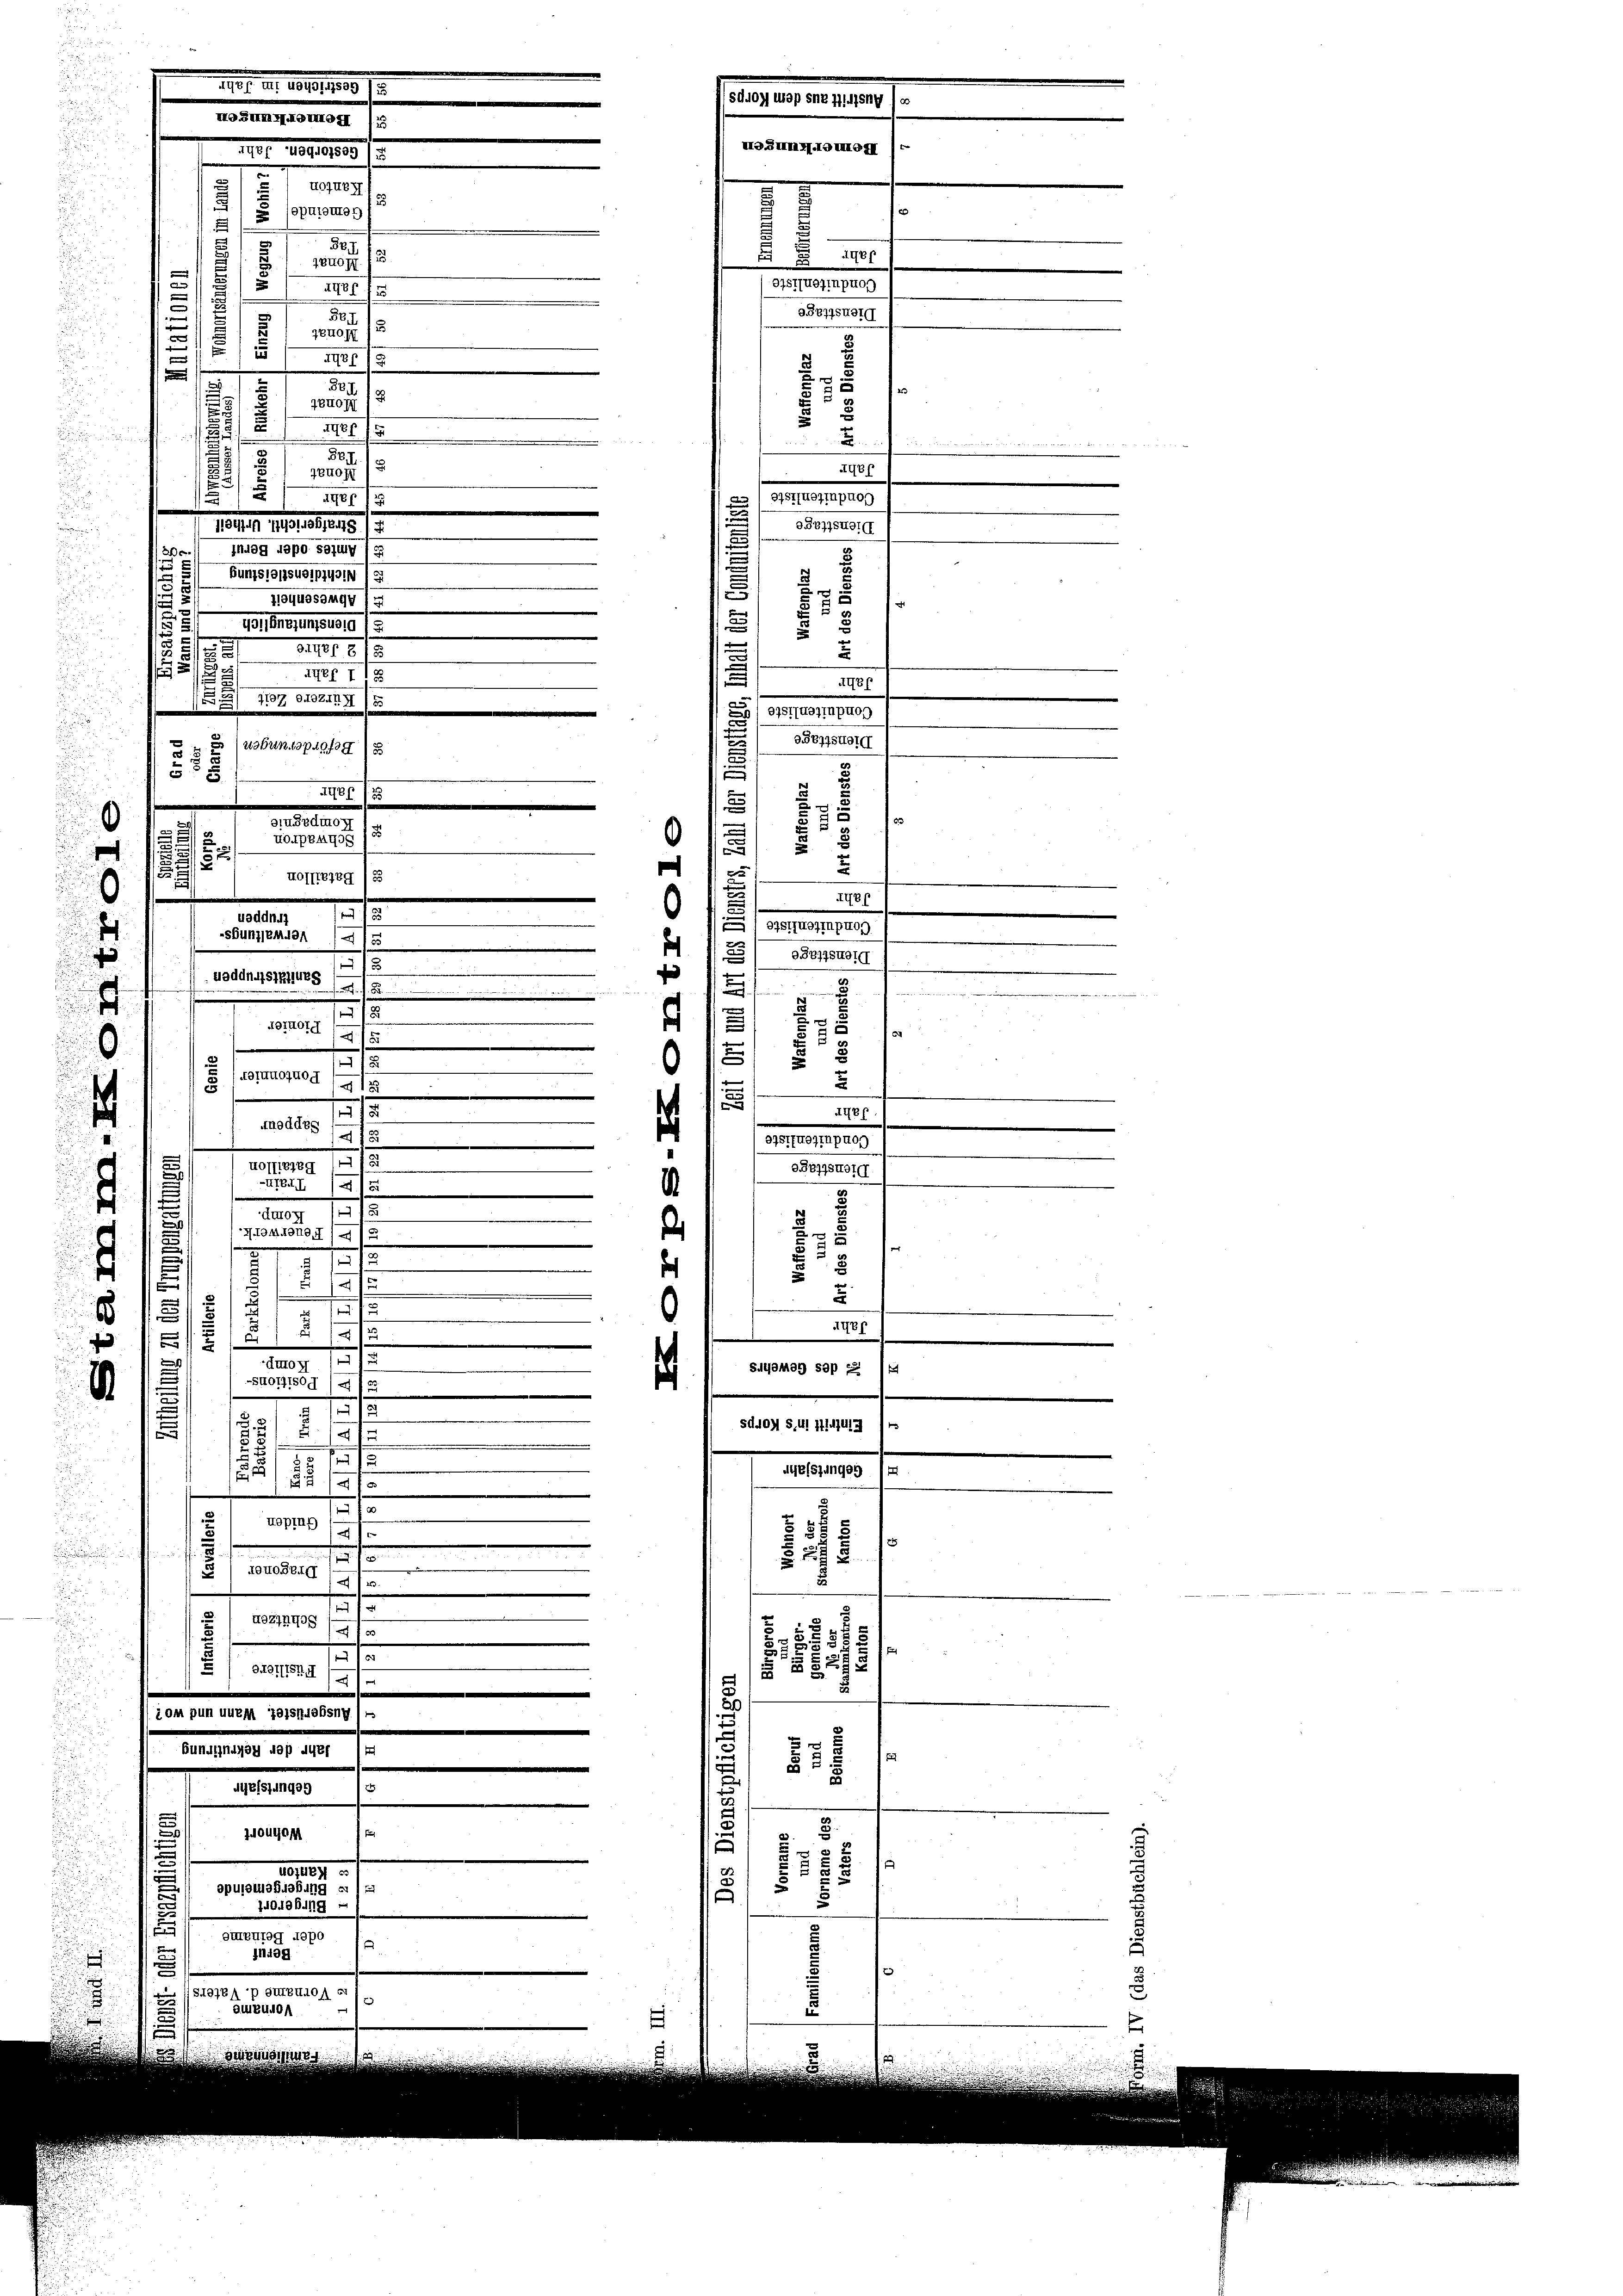
e
.
40Juef
 (eputation
.
5
f
7Ette

448
u
f
5
58.
8
7
7840
.
25
n
AGf 18

87
TEHof
8
191/5

.
¬
8
.
genoh
.
ayer 12
e
15/19. 10,1501, 1419./3
e

e. Haag dapo sein
225
a

Bunstensusipius
Tiequesange z

19. 119. 179. 1919/2
317. 615.
x
F 1
II 718
.
2
157. 618 1949/5
d
(usbun spiege
55

.

.

/. M. 1819, 109. 172
Scio Mop sne Hilfsny o
Mosum Momen (5
MOSMmH.IDMGH /.
d
 oder
i
 1400
37STuogin prop
5887suer
x
Uef
e
.
37S7fuoympton
9077snot
u
.
u
AGef
(oistfueimpuog
aopsteig
.
3
I4f /25
.
.
ainSedio II 1 g
2 x
3
HotpeA40g

2
37
¬
1
.
HOTTEZEG 153
x
Tef
.
1
uaddh.7
DESTWOITPA09
sBunsenden
3
.
938775401
1
AaddnuSIHIVEG. / 5
ie
med einen nennen
1
.
oiHotg
e
.
u
178
.
 (Loruuoquog
1
5
12
1
.
App.
115
noddes
.
3757/Rothpro

d
h
2

e
 109. 1815
GBBggsnot
g
u
ATEAI (13
e
duror
3
115
2
¬
Iongatio
15
u
1
2
e
e
2
s
d
f
)
u
d
113
s
¬
6
d
5
116
e
1
Auton

Silontag sap 2
S401418.
2
t
.
e
t
SAAOH S. UG III 413 (1
s
e

25
Auefsjungen (
592
47
n
f

Kopp 1
u

und
u
27
.
) sono sey (13
d

x
d
dan
A01245 (1

35
2

0
§ §§245
ini 191
2
iom pun uuem Geistriebsny)
e

Bundendet daß des 1
6
83.
HUBisldn499 (v

Joulon
n

28
s §§ 1
10 1891

n
 opulatusBhabung ei
55
u
740496. g
u

oientag dopo
.
11409